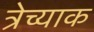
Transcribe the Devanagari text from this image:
त्रेच्याक